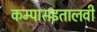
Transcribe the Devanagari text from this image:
कम्पासइतालवी